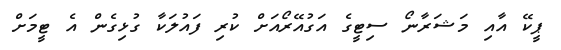
ޕީކޭ އާއި މަޝަރާނޯ ސިޓީގެ އަގުއޭރޯއަށް ކުރި ފައުލަކާ ގުޅިގެން އެ ޓީމަށް